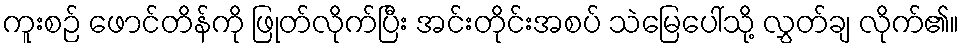
ကူးစဉ် ဖောင်တိန်ကို ဖြုတ်လိုက်ပြီး အင်းတိုင်းအစပ် သဲမြေပေါ်သို့ လွှတ်ချ လိုက်၏။